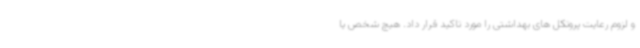
و لزوم رعایت پروتکل های بهداشتی را مورد تاکید قرار داد. هیچ شخص یا